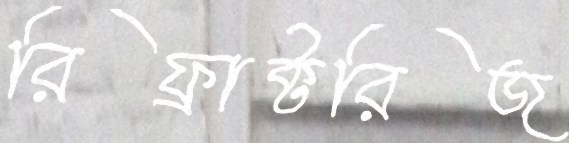
রিফ্রাক্টরিজ